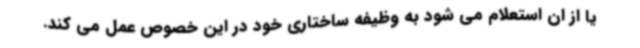
یا از ان استعلام می شود به وظیفه ساختاری خود در این خصوص عمل می کند.